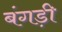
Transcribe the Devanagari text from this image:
बंगड़ी